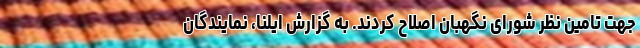
جهت تامین نظر شورای نگهبان اصلاح کردند. به گزارش ایلنا، نمایندگان